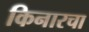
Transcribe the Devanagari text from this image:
किनारचा